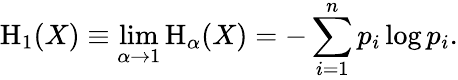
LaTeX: \mathrm{H}_{1}(X)\equiv\operatorname*{lim}_{\alpha\to 1}\mathrm{H}_{\alpha}(X)=-\sum_{i=1}^{n}p_{i}\log p_{i}.